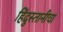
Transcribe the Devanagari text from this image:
हिंदुस्तानीचा